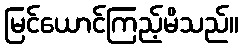
မြင်ယောင်ကြည့်မိသည်။